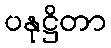
ပနုဋ္ဌိတာ